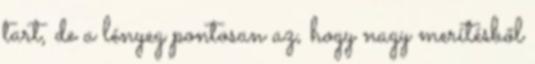
tart, de a lényeg pontosan az, hogy nagy merítésből